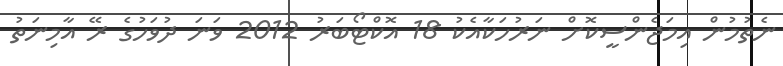
ނެތުމުން އިމަޖެންސީކޮށް ނަރުހަކާއެކު 18 އޮކްޓޯބަރު 2012 ވަނަ ދުވަހުގެ ރޭ އާމިނަތު